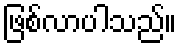
ဖြစ်လာပါသည်။